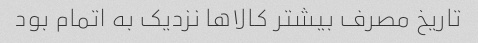
تاریخ مصرف بیشتر کالاها نزدیک به اتمام بود